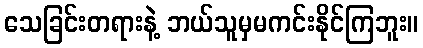
သေခြင်းတရားနဲ့ ဘယ်သူမှမကင်းနိုင်ကြဘူး။